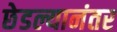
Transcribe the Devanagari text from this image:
छेडल्यानंतर